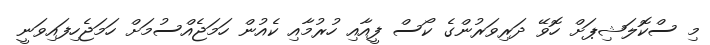
މި ސްކޮލަޝިޕަށް ހޮވޭ ދަރިވަރުންގެ ކޯސް ފީއާއި ހުރުމާއި ކެއުން ހަމަޖެއްސުމަށް ހަމަޖެހިފައިވަނީ